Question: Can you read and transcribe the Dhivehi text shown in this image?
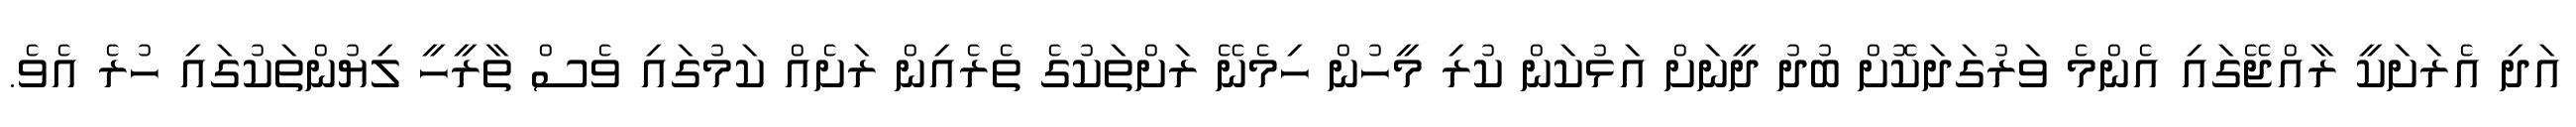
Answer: އަދި އެރަށަކީ ރާއްޖޭގައި އެންމެ ވަރުގަދަކޮށް ބުދު ދީނަށް އަޅުކަން ކުރި މީހުން ހިމެނޭ ރަށްތަކުގެ ތެރެއިން ރަށެއް ކަމުގައި ވެސް ތާރީހީ ލިޔުންތަކުގައި ހުރެ އެވެ.